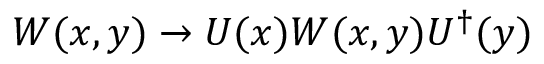
W ( x , y ) \rightarrow U ( x ) W ( x , y ) U ^ { \dagger } ( y )